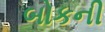
બોકની